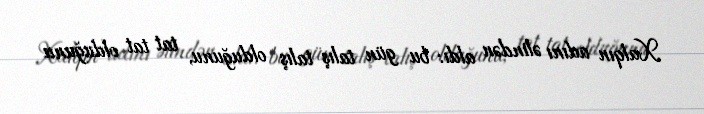
Xalqın adını əlindən aldı: bu gün talış talış olduğunu, tat tat olduğunu